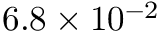
6 . 8 \times 1 0 ^ { - 2 }